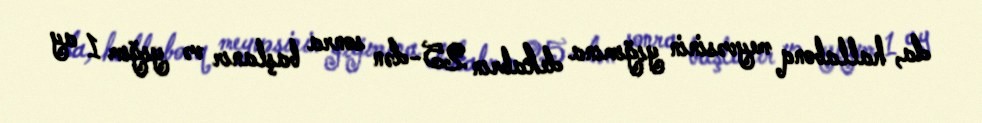
da, hallabonq meyvəsinin yığımına dekabrın 25-dən sonra başlanır və yığım 1 ay